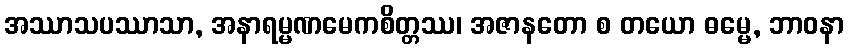
အဿာသပဿာသာ, အနာရမ္မဏမေကစိတ္တဿ၊ အဇာနတော စ တယော ဓမ္မေ, ဘာဝနာ